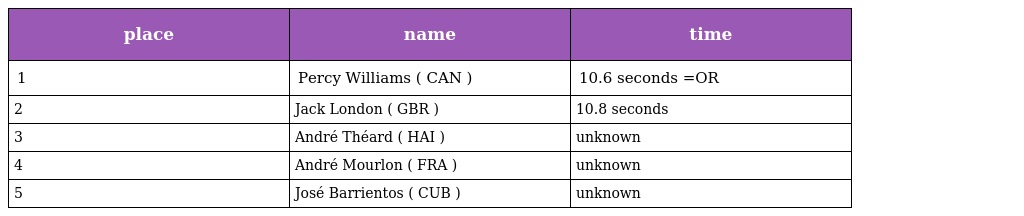
| place | name | time |
 | --- | --- | --- |
 | 1 | Percy Williams ( CAN ) | 10.6 seconds =OR |
 | 2 | Jack London ( GBR ) | 10.8 seconds |
 | 3 | André Théard ( HAI ) | unknown |
 | 4 | André Mourlon ( FRA ) | unknown |
 | 5 | José Barrientos ( CUB ) | unknown |